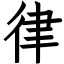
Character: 律